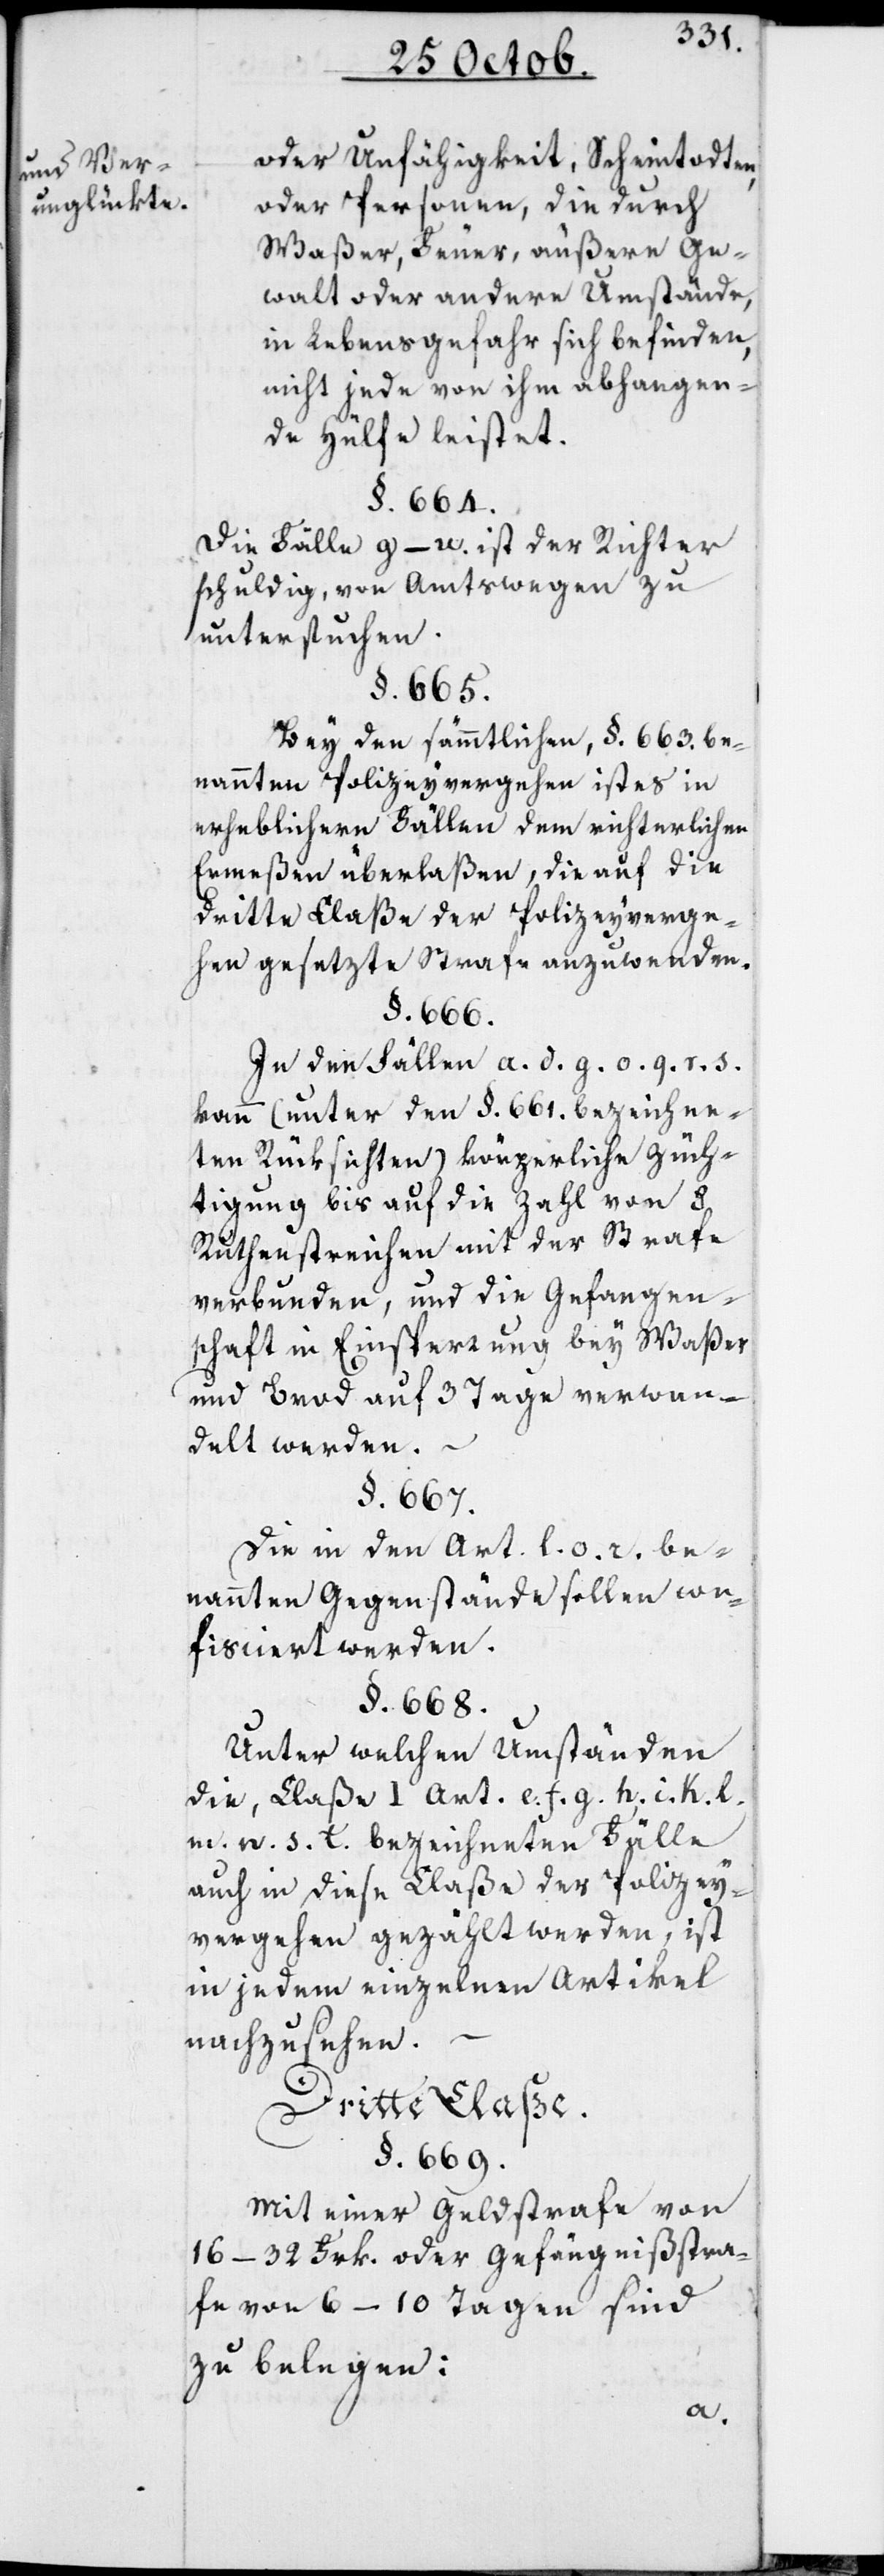
oder Unfähigkeit, Scheintodten
oder Personen, die durch
Waßer, Feuer, äußere Ge¬
walt oder andere Umstände,
in Lebensgefahr sich befinden,
nicht jede von ihm abhangen¬
de Hülfe leistet.
§. 664.
Die Fälle g–u. ist der Richter
schuldig, von Amtswegen zu
untersuchen.
§. 665.
Bei den sämmtlichen, §. 663. be¬
nannten Polizeyvergehen ist es in
erheblichern Fällen dem richterlichen
Ermeßen überlaßen, die auf die
dritte Claße der Polizeyverge¬
hen gesetzte Strafe anzuwenden.
§. 668.
In den Fällen a. d. g. o. q. r. s.
kann (unter den §. 661. bezeichne¬
ten Rücksichten) körperliche Züch¬
tigung bis auf die Zahl von
Ruthenstreichen mit der Strafe
verbunden, und die Gefangen¬
schaft in Einsperrung bey Waßer
und Brod auf 3 Tage verwan¬
delt werden.
§. 667.
Die in den Art. l. o. r. be¬
nannten Gegenstände sollen con¬
fisciert werden.
Unter welchen Umständen
die, Claße I Art. e. f. g. h. i. k. l.
m. n. s. t. bezeichneten Fälle
auch in diese Claße der Polizey¬
vergehen gezählt werden, ist
in jedem einzelnen Artikel
nachzusehen.
Dritte Claße.
§. 669.
Mit einer Geldstrafe von
16–32 Frk. oder Gefängnißstra¬
fe von 6–10 Tagen sind
zu belegen: